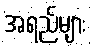
အရည်များ